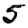
Digit: 5